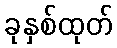
ခုနှစ်ထုတ်